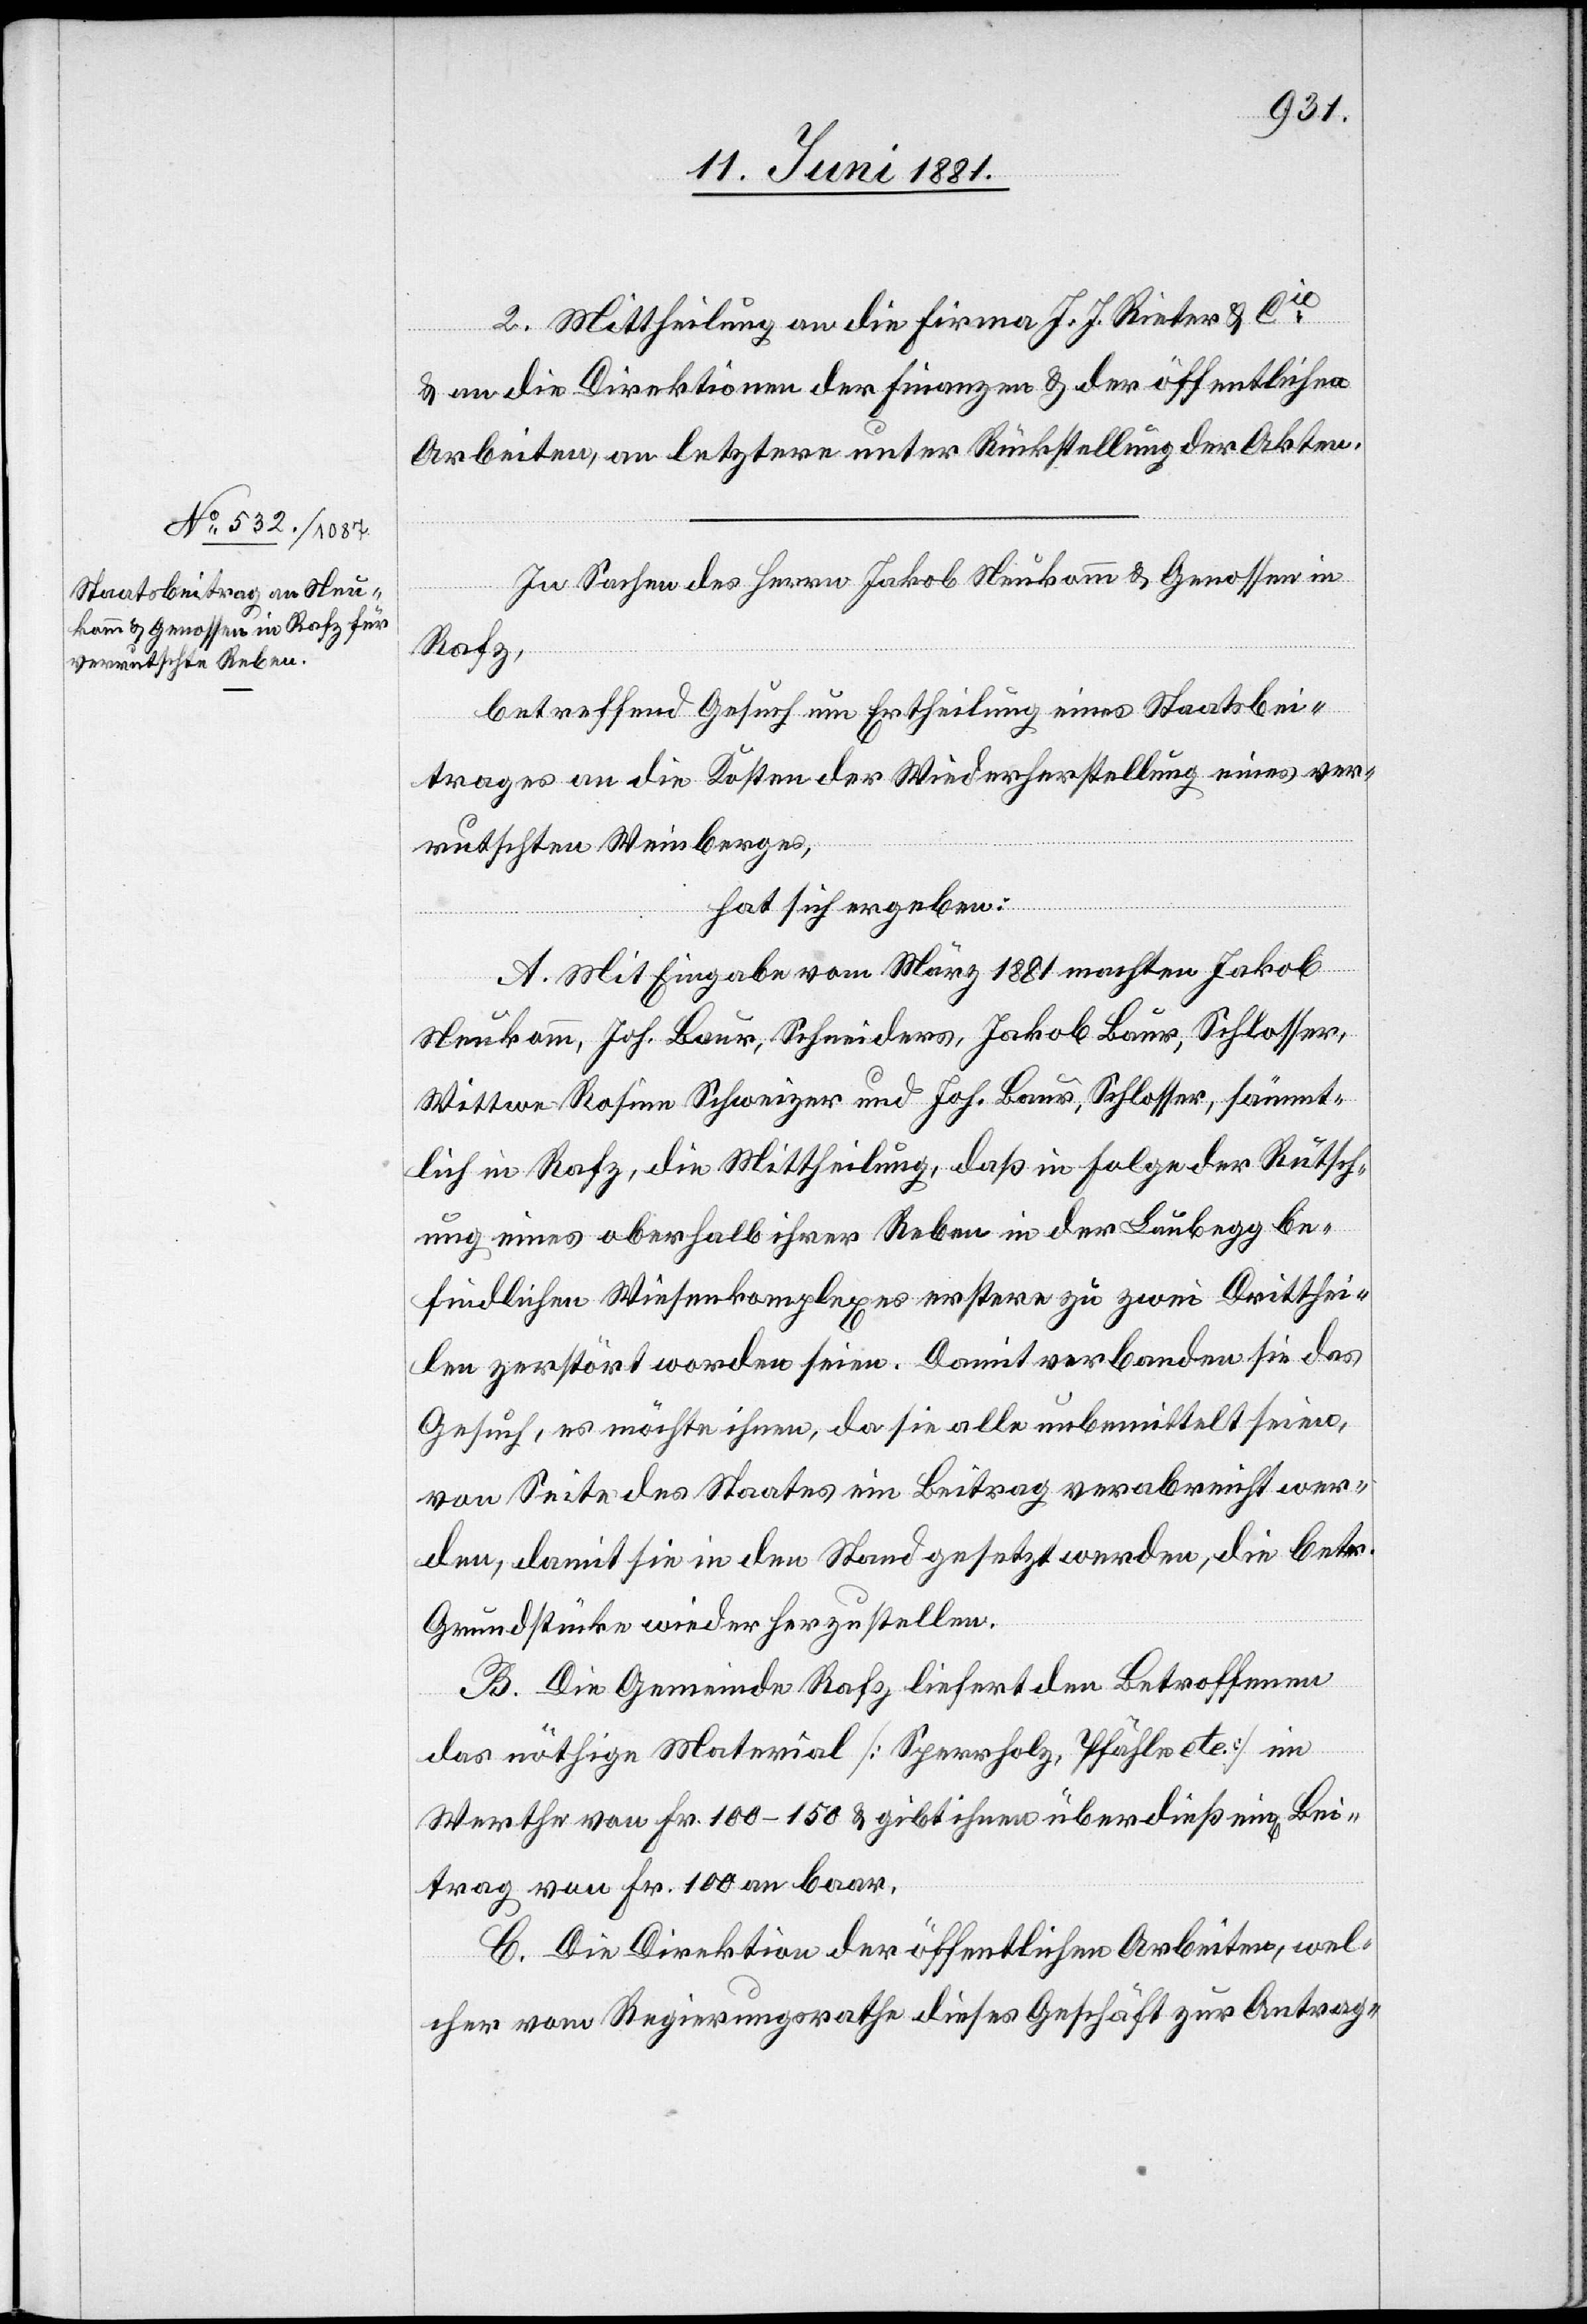
wel¬
2. Mittheilung an die Firma J. J. Rieter & Cie
& an die Direktion der Finanzen & der öffentlichen
Arbeiten, an letztere unter Rückstellung der Akten.
In Sachen des Herren Jakob Neukomm & Genossen in
Rafz,
betreffend Gesuch um Ertheilung eines Staatsbei¬
trages an die Kosten der Wiederherstellung eines ver¬
rutschten Weinberges,
hat sich ergeben:
A. Mit Eingabe vom März 1881 machten Jakob
Neukomm, Joh. Baur, Schneiders, Jakob Baur, Schlosser,
Wittwe Rosine Schweizer und Joh. Baur, Schlosser, sämmt¬
lich in Rafz, die Mittheilung, daß in Folge der Rutsch¬
ung eines oberhalb ihrer Reben in der Laubegg be¬
findlichen Wiesenkomplexes erstere zu zwei Dritthei¬
len zerstört worden seien. Damit verbanden sie das
Gesuch, es möchte ihnen, da sie alle unbemittelt seien,
von Seite des Staates ein Beitrag verabreicht wer¬
den, damit sie in den Stand gesetzt werden, die betr.
Grundstücke wieder herzustellen.
B. Die Gemeinde Rafz liefert den Betroffenen
das nöthige Material [Sperrholz, Pfähle etc.] im
Werthe von Fr. 100–150 & gibt ihnen überdieß ein[en] Bei¬
trag von Fr. 100 Fr. an baar.
cher vom Regierungsrathe dieses Gesuch zur Antrag-